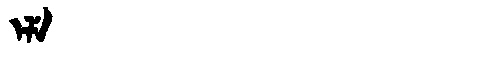
Manchu: ᡝᠯᡝ
Romanization: ELE